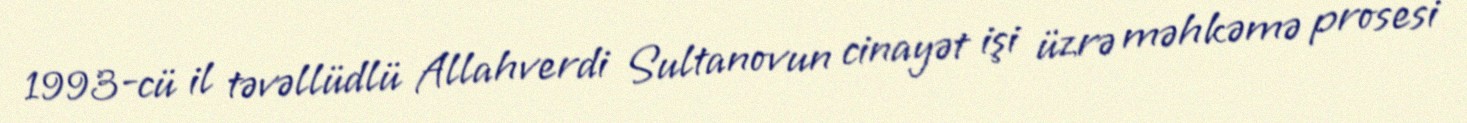
1993-cü il təvəllüdlü Allahverdi Sultanovun cinayət işi üzrə məhkəmə prosesi